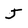
Character: J